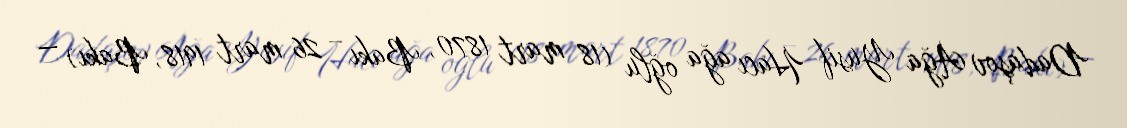
Dadaşov Ağa Yusif Hacı ağa oğlu (18 mart 1870, Bakı – 26 mart 1918, Bakı) —